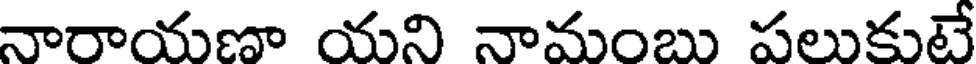
నారాయణా యని నామంబు పలుకుటే